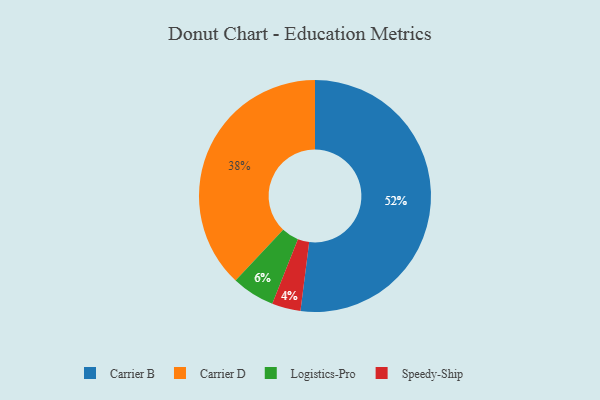
{"axis": {"x": "Category", "y": "Percentage"}, "legend": ["Carrier B", "Carrier D", "Logistics-Pro", "Speedy-Ship"], "data": [{"x": "Logistics-Pro", "y": 6, "type": "Logistics-Pro"}, {"x": "Carrier B", "y": 52, "type": "Carrier B"}, {"x": "Speedy-Ship", "y": 4, "type": "Speedy-Ship"}, {"x": "Carrier D", "y": 38, "type": "Carrier D"}]}